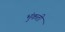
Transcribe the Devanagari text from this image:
भुंकती